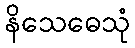
နိသေဓေသုံ